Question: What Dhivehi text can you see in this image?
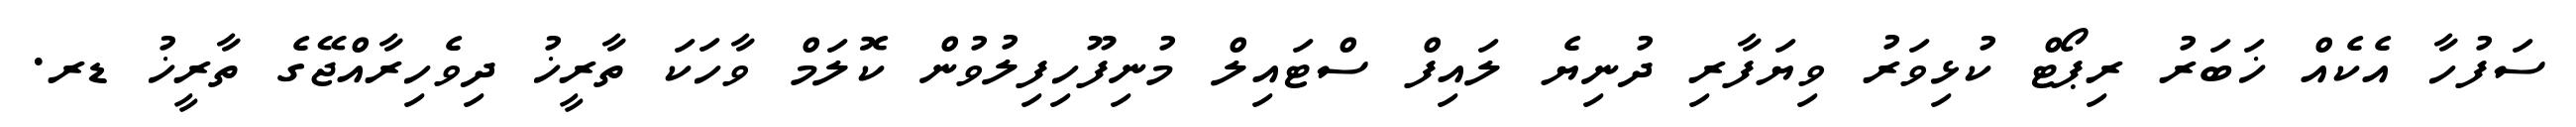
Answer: ސަފުހާ އެކެއް ޚަބަރު ރިޕޯޓް ކުޅިވަރު ވިޔަފާރި ދުނިޔެ ލައިފް ސްޓައިލް މުނިފޫހިފިލުވުން ކޮލަމް ވާހަކަ ތާރީޚު ދިވެހިރާއްޖޭގެ ތާރީޚު ޑރ.